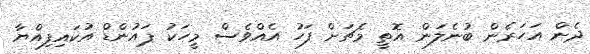
ދެން އަހަރެން ބުނެލަން އޮތީ މެޗަށް ފަހު އެއްވެސް މީހަކު ޕައުންޑް އުކައިފިއްޔާ